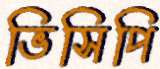
ভিসিপি